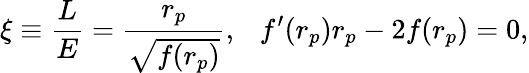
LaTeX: \xi\equiv\frac{L}{E}=\frac{r_{p}}{\sqrt{f(r_{p})}},~~~f^{\prime}(r_{p})r_{p}-2f(r_{p})=0,